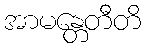
အာမန္တေတီတိ